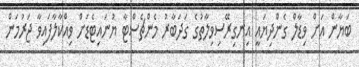
ބަޔާން އަށް ވިޑާލް ގެންދިޔައީ އިނގިރޭސިވިލާތުގެ ގަދަބާރު މެންޗެސްޓާ ޔުނައިޓެޑަށް ވިއްކާލާފައިވާ ޖަރުމަން